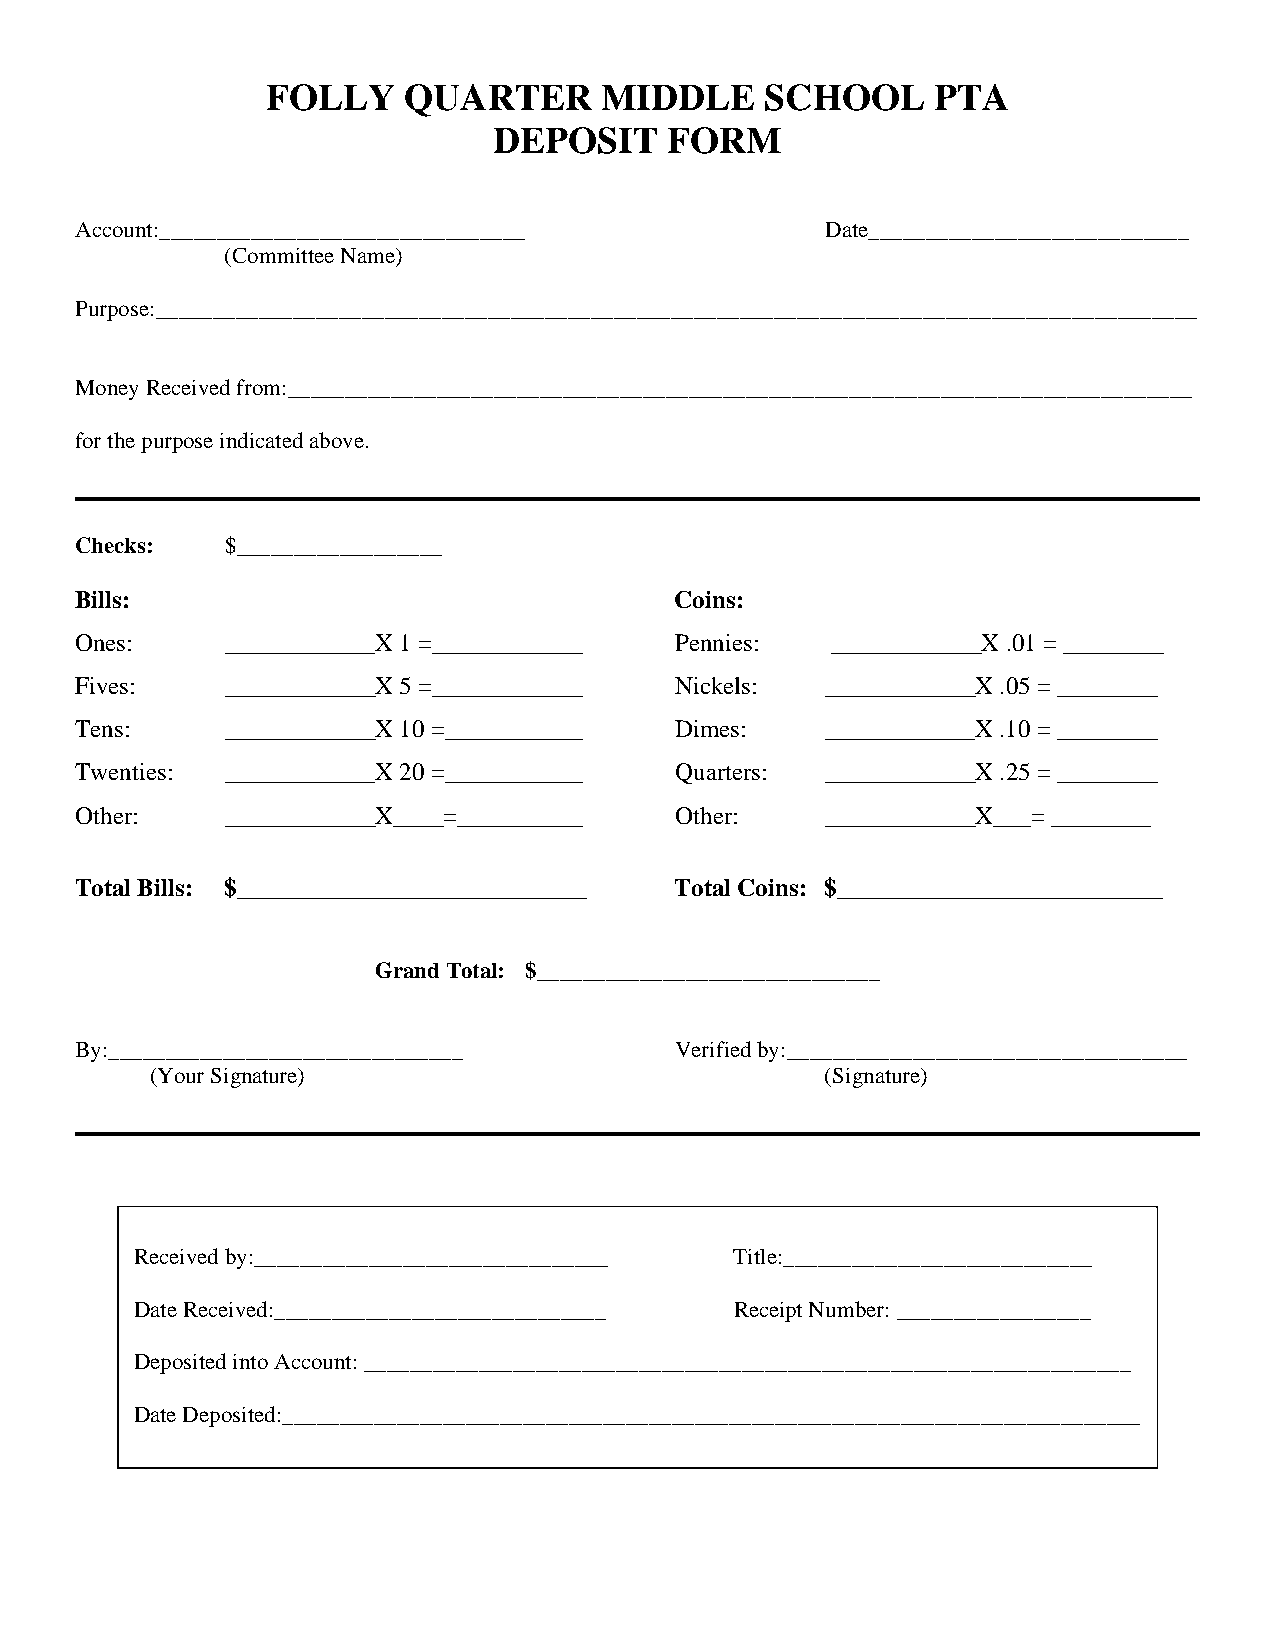
FOLLY    QUARTER      MIDDLE     SCHOOL     PTA
 DEPOSIT    FORM
 Account:________________________________          Date____________________________
 (Committee Name)
 Purpose:___________________________________________________________________________________________
 Money Received from:_______________________________________________________________________________
 for the purpose indicated above.
 Checks:   $__________________
 Bills:                                  Coins:
 Ones:     ____________X 1 =____________ Pennies:  ____________X .01 = ________
 Fives:    ____________X 5 =____________ Nickels:  ____________X .05 = ________
 Tens:     ____________X 10 =___________ Dimes:    ____________X .10 = ________
 Twenties: ____________X 20 =___________ Quarters: ____________X .25 = ________
 Other:    ____________X____=__________  Other:    ____________X___= ________
 Total Bills: $____________________________ Total Coins: $__________________________
 Grand Total: $______________________________
 By:_______________________________      Verified by:___________________________________
 (Your Signature)                             (Signature)
 Received by:_______________________________ Title:___________________________
 Date Received:_____________________________ Receipt Number: _________________
 Deposited into Account: ___________________________________________________________________
 Date Deposited:___________________________________________________________________________